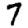
Digit: 7